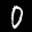
Label: 0